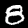
Digit: 8